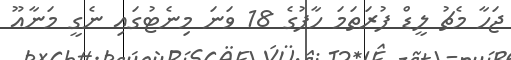
ޖަހާ މެޗު ލީޑް ފުރަތަމަ ހާފުގެ 18 ވަނަ މިނެޓުގައި ނެގީ މަނާއޫ